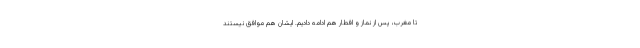
تا مغرب، پس از نماز و افطار هم ادامه دادیم. ایشان هم موافق نیستند